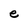
Character: e